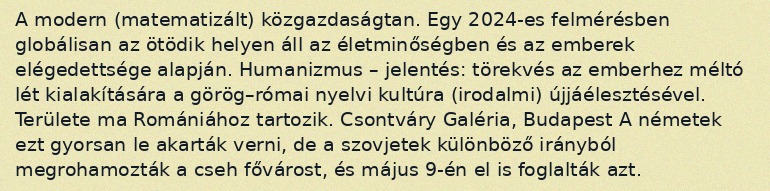
A modern (matematizált) közgazdaságtan. Egy 2024-es felmérésben globálisan az ötödik helyen áll az életminőségben és az emberek elégedettsége alapján. Humanizmus – jelentés: törekvés az emberhez méltó lét kialakítására a görög–római nyelvi kultúra (irodalmi) újjáélesztésével. Területe ma Romániához tartozik. Csontváry Galéria, Budapest A németek ezt gyorsan le akarták verni, de a szovjetek különböző irányból megrohamozták a cseh fővárost, és május 9-én el is foglalták azt.